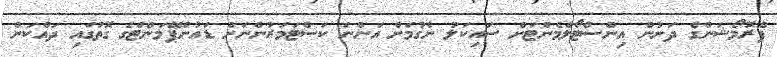
ޕްރޮމޯޝަންގެ ދަށުން އިންސްޓޯލްމެންޓަށް ސައިކަލު ނެގުމަށް އަންނަ ކަސްޓަމަރުންނަށް ޑައުންޕޭމަންޓްގެ ގޮތުގައި ދައްކަން